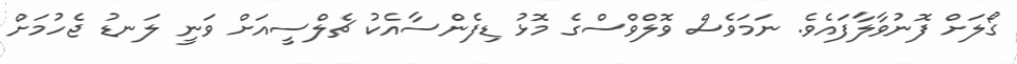
ގޯލަށް ފޮނުވާލާފައެވެ. ނަމަވެސް ވޮލްވްސްގެ މޮޅު ޑިފެންސާއެކު ޗެލްސީއަށް ވަނީ ލަނޑު ޖެހުމަށް